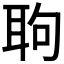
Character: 𦕙